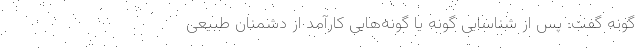
گونه گفت: پس از شناسایی گونه یا گونه‌هایی کارآمد از دشمنان طبیعی